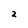
Character: 2